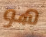
هو